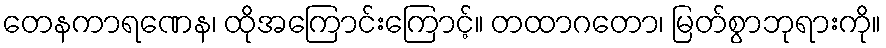
တေနကာရဏေန၊ ထိုအကြောင်းကြောင့်။ တထာဂတော၊ မြတ်စွာဘုရားကို။